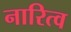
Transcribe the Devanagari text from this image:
नारित्व